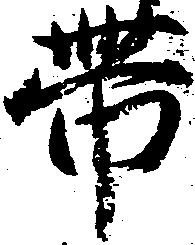
帯